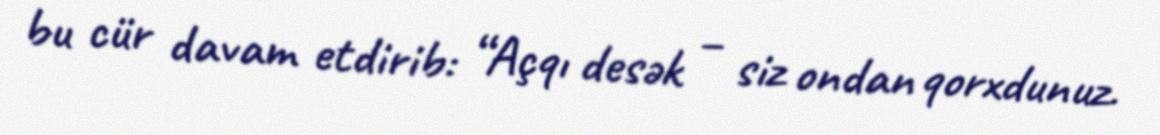
bu cür davam etdirib: “Açqı desək – siz ondan qorxdunuz.